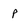
Character: p